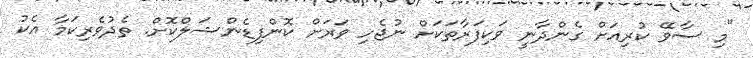
"މި ސާވޭ ކުރިއަށް ގެންދާނީ ވަކިފަރާތަކަށް ނުޖެހި ވަރަށް ކޮންފިޑެންޝަލްކޮށް. ތެދުވެރިކަމާ އެކު